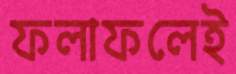
ফলাফলেই